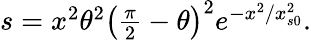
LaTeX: \begin{array}{r}{s=x^{2}\theta^{2}\left(\frac{\pi}{2}-\theta\right)^{2}e^{-x^{2}/x_{s0}^{2}}.}\end{array}